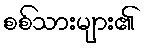
စစ်သားများ၏